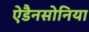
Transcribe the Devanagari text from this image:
ऐडैनसोनिया